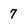
Character: 7